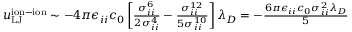
\begin{array} { r } { u _ { \mathrm { L J } } ^ { \mathrm { i o n - i o n } } \sim - 4 \pi \epsilon _ { i i } c _ { 0 } \left[ \frac { \sigma _ { i i } ^ { 6 } } { 2 \sigma _ { i i } ^ { 4 } } - \frac { \sigma _ { i i } ^ { 1 2 } } { 5 \sigma _ { i i } ^ { 1 0 } } \right] \lambda _ { D } = - \frac { 6 \pi \epsilon _ { i i } c _ { 0 } \sigma _ { i i } ^ { 2 } \lambda _ { D } } { 5 } } \end{array}